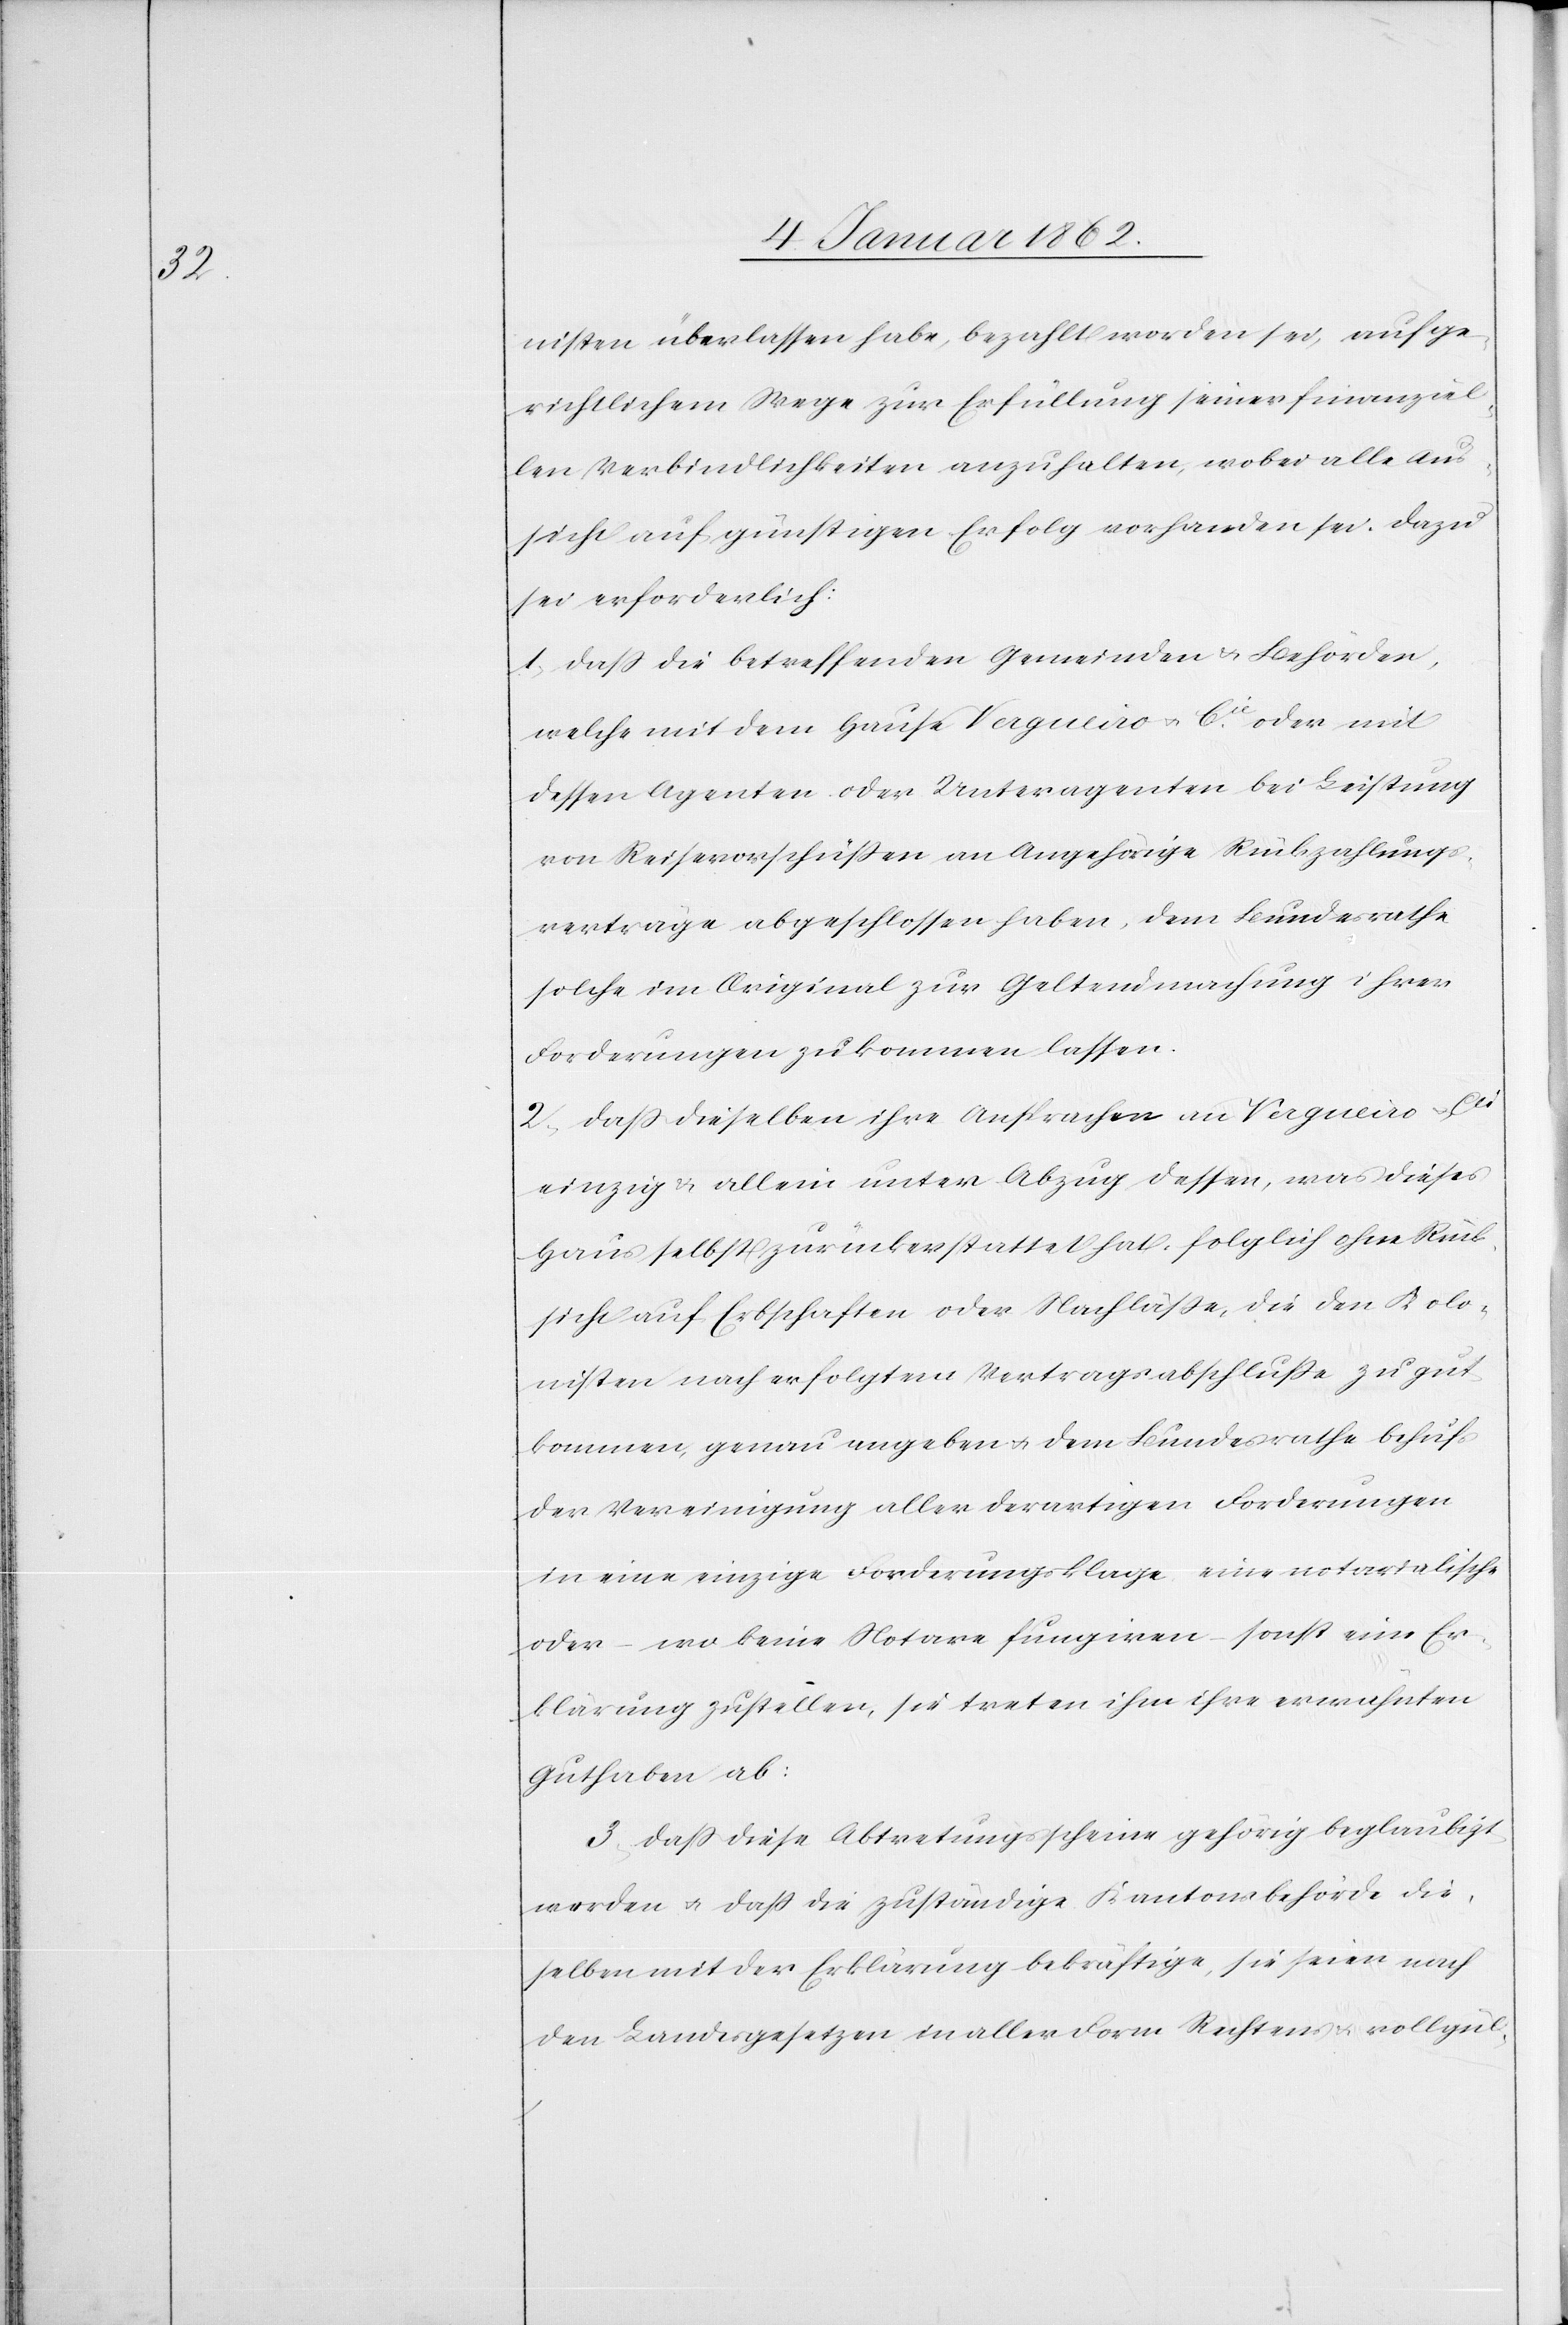
nisten überlassen habe, bezahlt worden sei, auf ge¬
richtlichem Wege zur Erfüllung seiner finanziel¬
len Verbindlichkeiten anzuhalten, wobei alle Aus¬
sicht auf günstigen Erfolg vorhanden sei. Dazu
sei erforderlich:
1. Daß die betreffenden Gemeinden u. Behörden,
welche mit dem Hause Vergueiro u. Cie oder mit
dessen Agenten oder Unteragenten bei Leistung
von Reisevorschüssen an Angehörige Rückzahlungs¬
verträge abgeschlossen haben, dem Bundesrathe
solche im Original zur Geltendmachung ihrer
Forderungen zukommen lassen.
2. Daß dieselben ihre Ansprachen an Vergueiro u. Cie
einzig u. allein unter Abzug dessen, was dieses
Haus selbst zurückerstattet hat, folglich ohne Rück¬
sicht auf Erbschaften oder Nachläße, die den Kolo¬
nisten nach erfolgtem Vertragsabschluße zu gut
kommen, genau an geben u. dem Bundesrathe behufs
der Vereinigung aller derartigen Forderungen
in eine einzige Forderungsklage eine notarialische
oder – wo keine Notare fungiren – sonst eine Er¬
klärung zustellen, sie treten ihm ihre erwähnten
Guthaben ab.
3. Daß diese Abtretungsscheine gehörig beglaubigt
werden u. daß die zuständige Kantonsbehörde die¬
selben mit der Erklärung bekräftige, sie seien nach
den Landesgesetzen in aller Form Rechtens u. vollgül-